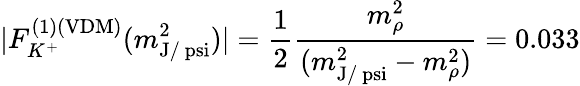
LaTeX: |F_{K^{+}}^{(1)(\mathrm{VDM})}(m_{\mathrm{J/\ psi}}^{2})|={\frac{1}{2}}{\frac{m_{\rho}^{2}}{(m_{\mathrm{J/\ psi}}^{2}-m_{\rho}^{2})}}=0.033